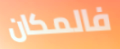
فالمكان